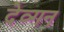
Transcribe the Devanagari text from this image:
देव्गन